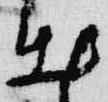
出